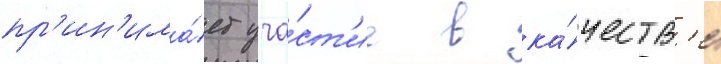
пр'ин'има́ет уча́ст'ие в ка́честв'е